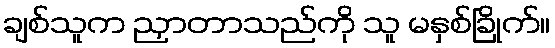
ချစ်သူက ညှာတာသည်ကို သူ မနှစ်ခြိုက်။